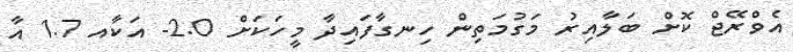
އެވްރޭޖް ކޮށް ބަލާއިރު މަގުމަތިން ހިނގާފައިދާ މީހަކަށް 2.0- އަކާއ 1.7 އާ